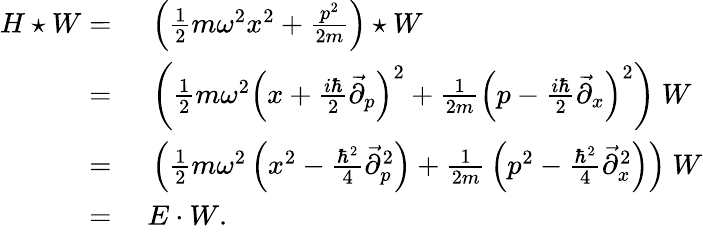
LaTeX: \begin{array}{rl}{H\star W={}}&{{}\left({\frac{1}{2}}m\omega^{2}x^{2}+{\frac{p^{2}}{2m}}\right)\star W}\\ {={}}&{{}\left({\frac{1}{2}}m\omega^{2}\left(x+{\frac{i\hbar}{2}}{\stackrel{\rightarrow}{\partial}}_{p}\right)^{2}+{\frac{1}{2m}}\left(p-{\frac{i\hbar}{2}}{\stackrel{\rightarrow}{\partial}}_{x}\right)^{2}\right)~W}\\ {={}}&{{}\left({\frac{1}{2}}m\omega^{2}\left(x^{2}-{\frac{\hbar^{2}}{4}}{\stackrel{\rightarrow}{\partial}}_{p}^{2}\right)+{\frac{1}{2m}}\left(p^{2}-{\frac{\hbar^{2}}{4}}{\stackrel{\rightarrow}{\partial}}_{x}^{2}\right)\right)~W}\\ {={}}&{{}E\cdot W.}\end{array}